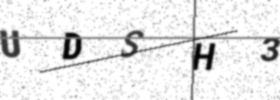
Text: UDSH3